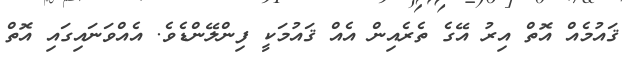
ޤައުމެއް އޮތް އިރު އޭގެ ތެރެއިން އެއް ޤައުމަކީ ފިންލޭންޑެވެ. އެއްވަނައިގައި އޮތް